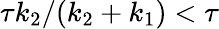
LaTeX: \tau k_{2}/(k_{2}+k_{1})<\tau